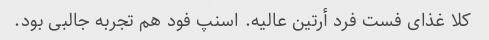
کلا غذای فست فرد أرتین عالیه. اسنپ فود هم تجربه جالبی بود.